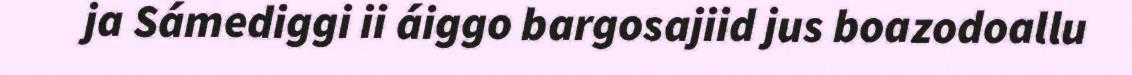
ja Sámediggi ii áiggo bargosajiid jus boazodoallu